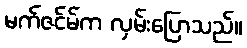
မက်ဇင်မ်က လှမ်းပြောသည်။